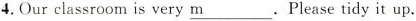
4.Our classroom is very \underline{m}. Please tidy it up.